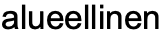
alueellinen